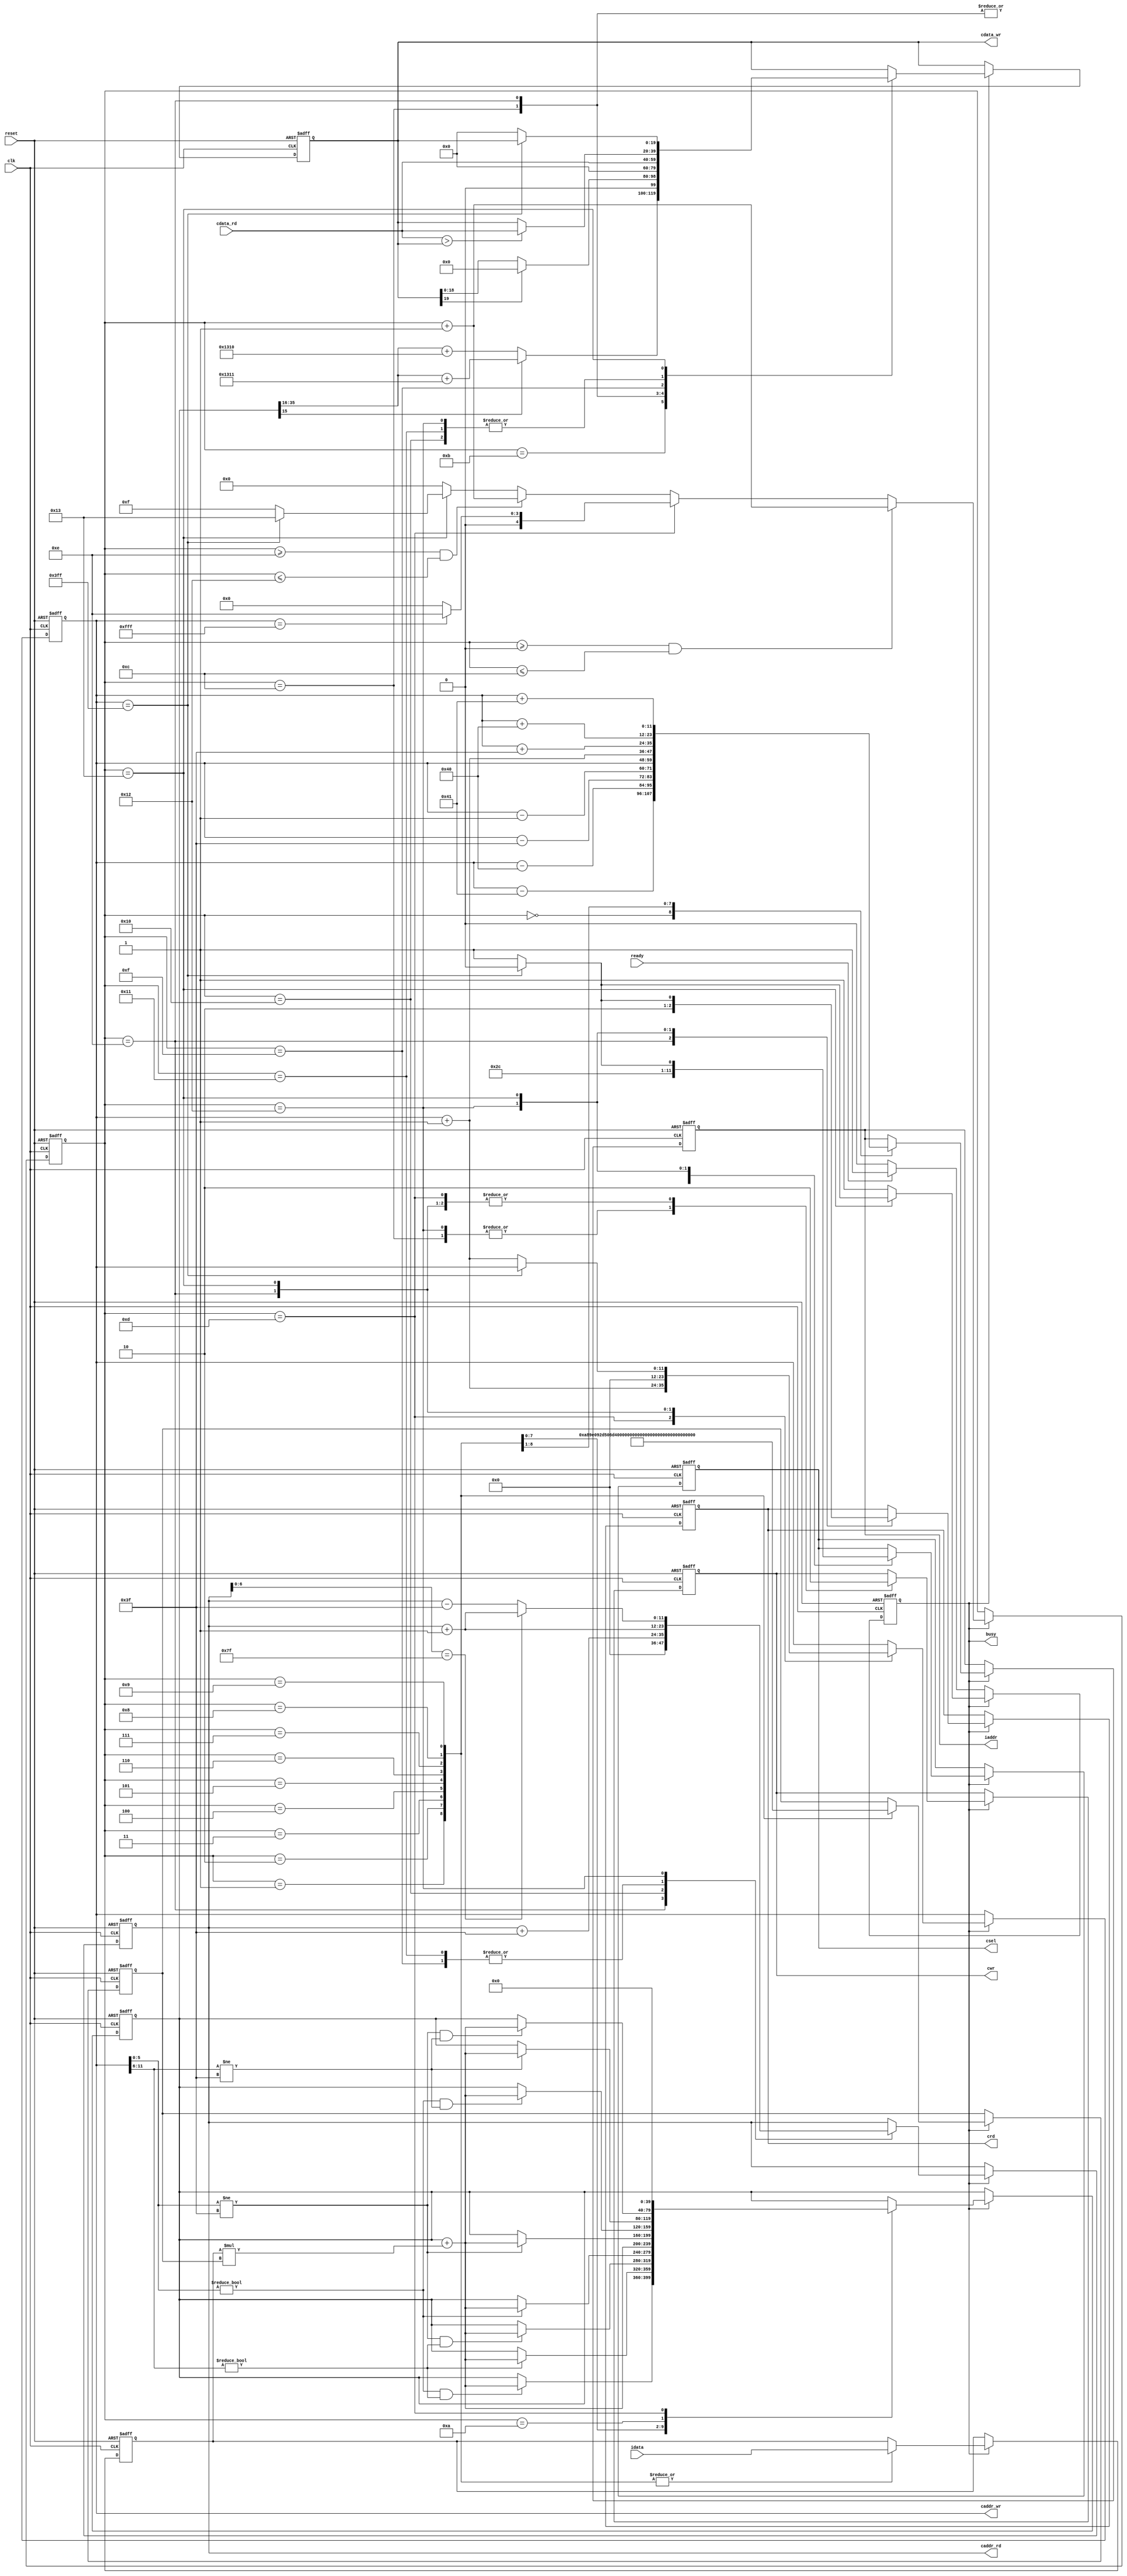
`timescale 1ns/10ps

module  CONV(
	input clk,
	input reset,
	output reg busy,	
	input ready,	
			
	output reg [11:0] iaddr,
	input [19:0] idata,	
	
	output reg cwr,
	output reg [11:0] caddr_wr,
	output reg [19:0] cdata_wr,
	
	output reg crd,
	output reg [11:0] caddr_rd,
	input [19:0] cdata_rd,
	
	output reg [2:0] csel
	);

reg [4:0] state, next;
reg signed [39:0] sum;
reg signed [19:0] data, kernel; 

wire signed [39:0] mul = data * kernel;

always @ (posedge clk or posedge reset) begin
	if(reset) begin
		busy <= 0;
		iaddr <= 0;
		cwr <= 0;
		caddr_wr <= 0;
		cdata_wr <= 0;
		crd <= 0;
		caddr_rd <= 0;
		csel <= 0;
		state <= 0;
		sum <= 0;
		data <= 0;
		kernel <= 0;
	end
	else begin
		if(!busy) begin
			if(ready) begin
				busy <= 1;
			end
		end
		else begin
			state <= next;
			case (state)
				5'd0: begin
					iaddr <= caddr_wr - 65;
				end
				5'd1: begin
					iaddr <= caddr_wr - 64;
					data <= idata;
					kernel <= 20'sh0A89E;
				end
				5'd2: begin
					iaddr <= caddr_wr - 63;
					data <= idata;
					kernel <= 20'sh092D5;
					if(caddr_wr[5:0] != 6'b000000 && caddr_wr[11:6] != 6'b000000) // x != 0 && y != 0
						sum <= sum + mul;
				end
				5'd3: begin
					iaddr <= caddr_wr - 1;
					data <= idata;
					kernel <= 20'sh06D43;
					if(caddr_wr[11:6] != 6'b000000) // y != 0
						sum <= sum + mul;
				end
				5'd4: begin
					iaddr <= caddr_wr;
					data <= idata;
					kernel <= 20'sh01004;
					if(caddr_wr[5:0] != 6'b111111 && caddr_wr[11:6] != 6'b000000) // x != 63 && y != 0
						sum <= sum + mul;
				end
				5'd5: begin
					iaddr <= caddr_wr + 1;
					data <= idata;
					kernel <= 20'shF8F71;
					if(caddr_wr[5:0] != 6'b000000) // x != 0
						sum <= sum + mul;	
				end
				5'd6: begin
					iaddr <= caddr_wr + 63;
					data <= idata;
					kernel <= 20'shF6E54;
					sum <= sum + mul;
				end
				5'd7: begin
					iaddr <= caddr_wr + 64;
					data <= idata;
					kernel <= 20'shFA6D7;
					if(caddr_wr[5:0] != 6'b111111) // x != 63
						sum <= sum + mul; 
				end
				5'd8: begin
					iaddr <= caddr_wr + 65;
					data <= idata;
					kernel <= 20'shFC834;
					if(caddr_wr[5:0] != 6'b000000 && caddr_wr[11:6] != 6'b111111) // x != 0 && y != 63
						sum <= sum + mul;
				end
				5'd9: begin
					data <= idata;
					kernel <= 20'shFAC19;
					if(caddr_wr[11:6] != 6'b111111) // y != 63
						sum <= sum + mul;
				end
				5'd10: begin
					if(caddr_wr[5:0] != 6'b111111 && caddr_wr[11:6] != 6'b111111) // x != 63 && y != 63
						sum <= sum + mul;
				end
				5'd11: begin // add bias
					if(sum[15] == 1)
						cdata_wr <= sum[35:16] + 20'sh01311;
					else
						cdata_wr <= sum[35:16] + 20'sh01310;
				end
				5'd12: begin
					csel <= 3'b001;
					cwr <= 1;
					caddr_wr <= caddr_wr;
					if(cdata_wr[19] == 1) // ReLU
						cdata_wr <= 0; 
					else 
						cdata_wr <= cdata_wr;
				end
				5'd13: begin
					sum <=  0;
					csel <= 3'b000;
					cwr <= 0;
					caddr_wr <= caddr_wr + 1;
				end
				5'd14: begin
					csel <= 3'b001;
					cwr <= 0;
					crd <= 1;
					cdata_wr <= 0;
					caddr_rd <= 0;
					caddr_wr <= 0;
				end
				5'd15: begin
					caddr_rd <= caddr_rd + 1;
					cdata_wr <= cdata_rd;
				end
				5'd16: begin
					caddr_rd <= caddr_rd + 63;
					if(cdata_rd > cdata_wr) 
						cdata_wr <= cdata_rd;
				end
				5'd17: begin
					caddr_rd <= caddr_rd + 1;
					if(cdata_rd > cdata_wr) 
						cdata_wr <= cdata_rd;
				end
				5'd18: begin			
					cwr <= 1;
					crd <= 0;
					csel <= 3'b011;
					if(cdata_rd > cdata_wr) 
						cdata_wr <= cdata_rd;
					
					if(caddr_rd[6:0] == 7'b1111111)
						caddr_rd <= caddr_rd + 1;
					else 
						caddr_rd <= caddr_rd - 63;
				end
				5'd19: begin
					cwr <= 0;
					if(caddr_wr == 1023) begin
						csel <= 3'b000;
						crd <= 0;
						busy <= 0;
					end
					else begin
						csel <= 3'b001;
						crd <= 1;
						cdata_wr <= 0;
						caddr_wr <= caddr_wr + 1;
					end
				end
			endcase
		end
	end
end

always @ (*) begin
	next = 0;
	if(busy) begin 
		if(state >= 0 && state <= 12) begin
			next = state + 1;
		end
		else if(state == 13) begin
			if(caddr_wr == 4095) 
				next = 5'd14;
			else 
				next = 5'd0;		
		end
		else if(state >= 14 && state <= 18) begin
			next = state + 1;
		end
		else if(state == 19) begin	
			if(caddr_wr == 1023) 
				next = 5'd19;
			else	
				next = 5'd15;
		end
		else begin
			next = 0;
		end
	end
end

endmodule